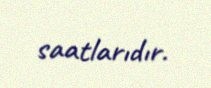
saatlarıdır.